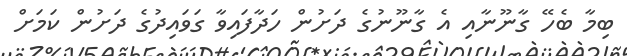
ބިމާ ބެހޭ ގާނޫނާއި އެ ގާނޫނުގެ ދަށުން ހަދާފައިވާ ގަވައިދުގެ ދަށުން ކަމަށް